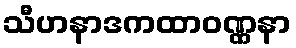
သီဟနာဒကထာဝဏ္ဏနာ